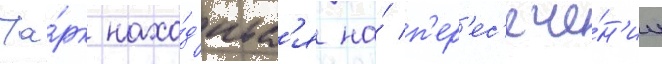
Па́рк нахо́д'итс'я на́ п'ер'ес'ече́н'ии